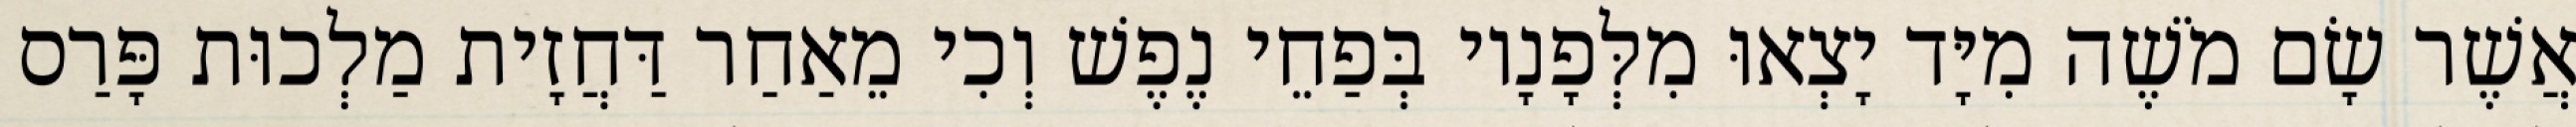
אֲשֶׁר שָׂם מֹשֶׁה מִיָּד יָצְאוּ מִלְּפָנָיו בְּפַחֵי נֶפֶשׁ וְכִי מֵאַחַר דַּחֲזָית מַלְכוּת פָּרַס